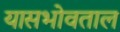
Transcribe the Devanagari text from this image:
यासभोवताल